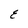
Character: E